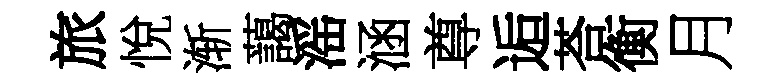
旅悅渐藹滛涵尊逅荅衡月